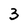
Character: 3